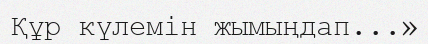
Құр күлемін жымыңдап...»